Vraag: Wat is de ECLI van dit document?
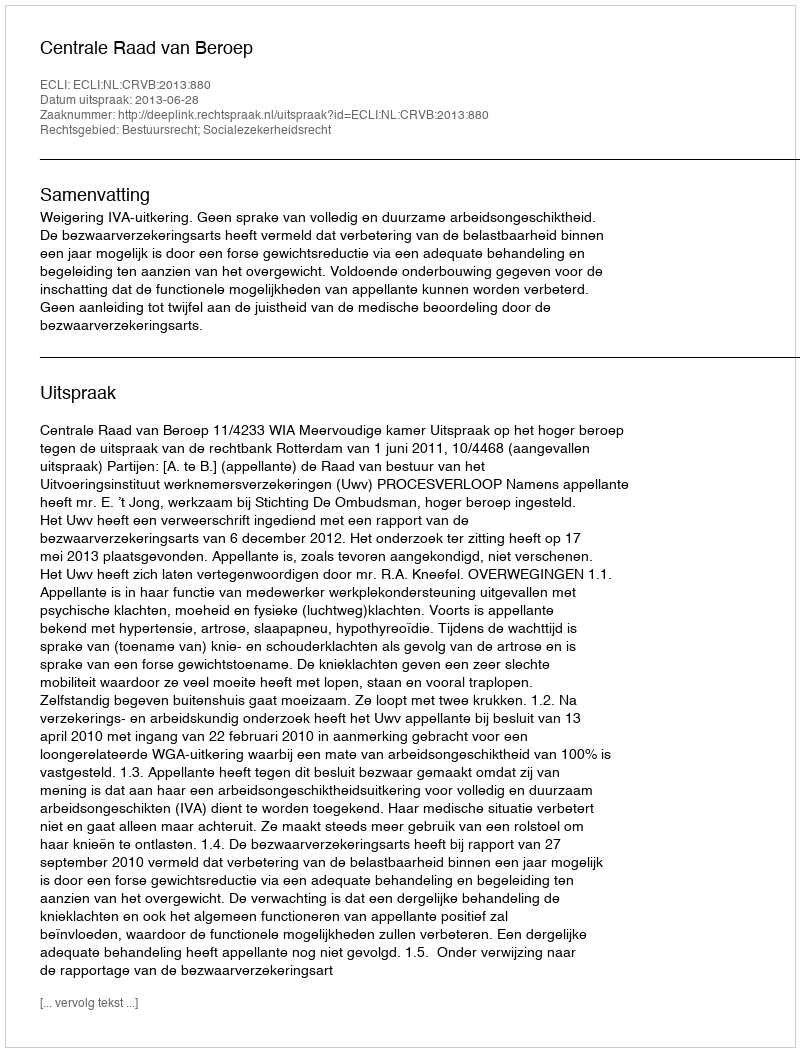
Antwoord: ECLI:NL:CRVB:2013:880